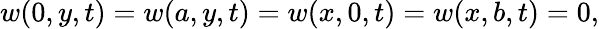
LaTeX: w(0,y,t)=w(a,y,t)=w(x,0,t)=w(x,b,t)=0,